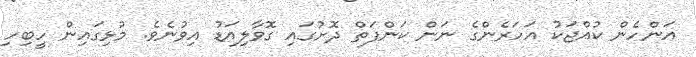
އަންހެން ކުއްޖަކު އަހަރެންގެ ނަން ކަންފަތް ދޮށުގައި ގޮވާލިއަޑު އިވުނެވެ. މުޅިގައިން ހީބިހި